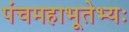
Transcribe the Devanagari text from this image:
पंचमहाभूतेभ्यः